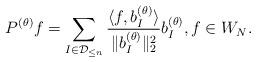
LaTeX: \begin{align*} P^{(\theta)} f = \sum_{I\in\mathcal{D}_{\leq n}} \frac{\langle f, b_I^{(\theta)}\rangle}{\|b_I^{(\theta)}\|_2^2} b_I^{(\theta)}, f\in W_N. \end{align*}